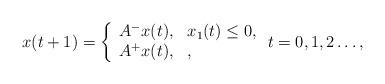
LaTeX: \begin{align*}x(t+1) = \left\{\begin{array}{ll}A^- x(t), & x_1(t) \leq 0,\\A^+ x(t), & ,\end{array}\right.t = 0,1,2\ldots,\end{align*}